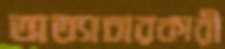
অত্যাচারকারী